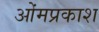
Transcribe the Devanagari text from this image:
ओंमप्रकाश